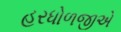
હરધોળજીએ